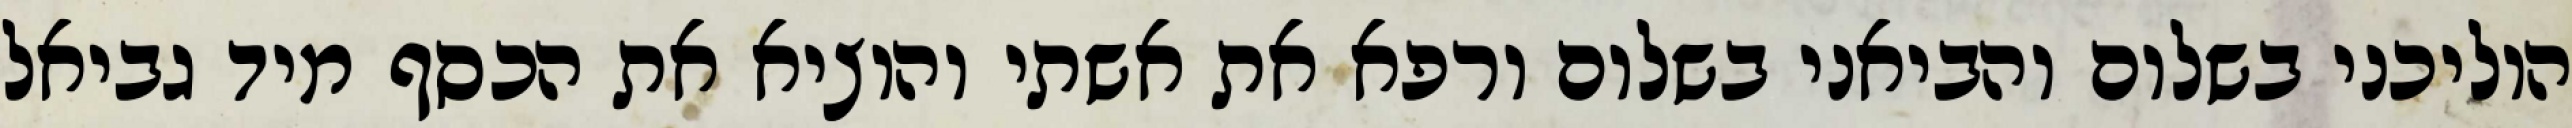
הוליכני בשלום והביאני בשלום ורפא את אשתי והוציא את הכסף מיד גביאל